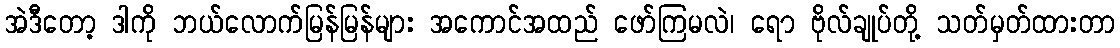
အဲဒီတော့ ဒါကို ဘယ်လောက်မြန်မြန်များ အကောင်အထည် ဖော်ကြမလဲ၊ ရော ဗိုလ်ချုပ်တို့ သတ်မှတ်ထားတာ